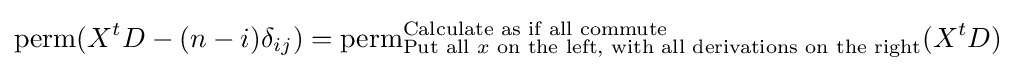
\mathrm {perm} (X^{t}D-(n-i)\delta _{ij})=\mathrm {perm} _{{\text{Put all }}x{\text{ on the left, with all derivations on the right}}}^{\text{Calculate as  if all commute}}(X^{t}D)